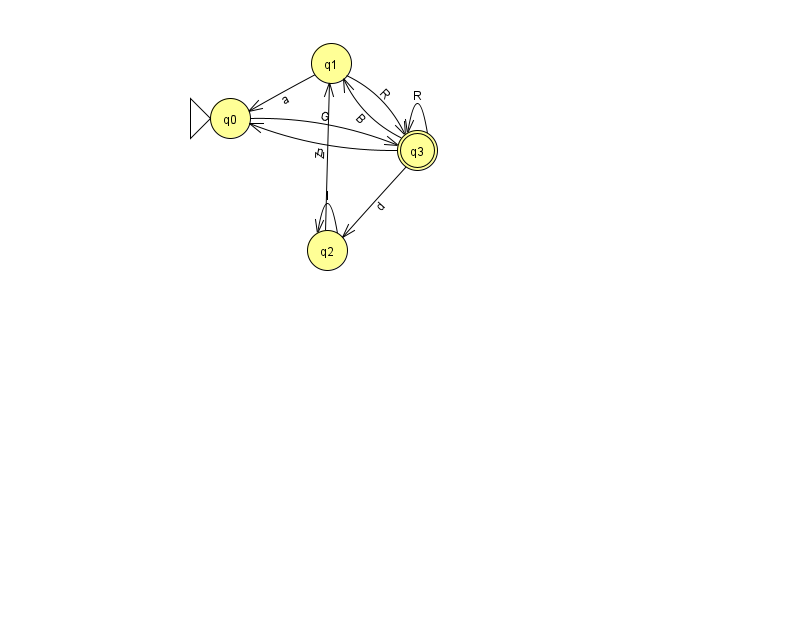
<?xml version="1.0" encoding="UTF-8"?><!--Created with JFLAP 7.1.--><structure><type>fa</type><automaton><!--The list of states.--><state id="0" name="q0"><x>230.0</x><y>105.0</y><initial/></state><state id="1" name="q1"><x>331.0</x><y>50.0</y></state><state id="2" name="q2"><x>327.0</x><y>237.0</y></state><state id="3" name="q3"><x>417.0</x><y>137.0</y><final/></state><!--The list of transitions.--><transition><from>1</from><to>0</to><read>a</read></transition><transition><from>3</from><to>3</to><read>R</read></transition><transition><from>3</from><to>2</to><read>d</read></transition><transition><from>2</from><to>1</to><read>Z</read></transition><transition><from>3</from><to>0</to><read>n</read></transition><transition><from>1</from><to>3</to><read>R</read></transition><transition><from>3</from><to>1</to><read>B</read></transition><transition><from>2</from><to>2</to><read>l</read></transition><transition><from>0</from><to>3</to><read>G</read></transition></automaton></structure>